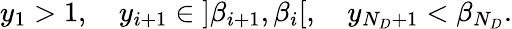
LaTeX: y_{1}>1,\quad y_{i+1}\in\left]\beta_{i+1},\beta_{i}\right[,\quad y_{N_{D}+1}<\beta_{N_{D}}.